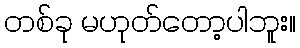
တစ်ခု မဟုတ်တော့ပါဘူး။